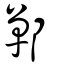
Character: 鄲